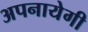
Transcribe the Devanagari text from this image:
अपनायेगी